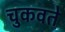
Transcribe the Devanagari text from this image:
चुकवते